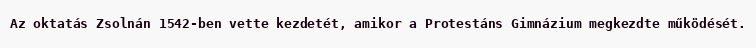
Az oktatás Zsolnán 1542-ben vette kezdetét, amikor a Protestáns Gimnázium megkezdte működését.